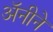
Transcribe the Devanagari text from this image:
अॅनीने